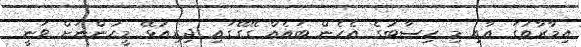
އިމާރާތުގަ އާއި މި ހިސާބުގެ އެހެން ބައެއް ގޭގޭގައި ދިރިއުޅޭ މީހުންނަށް ވަނީ